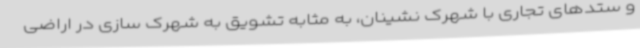
و ستدهای تجاری با شهرک نشینان، به مثابه تشویق به شهرک سازی در اراضی